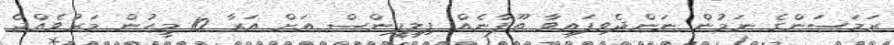
ރަމަސަަންގެ ނަމުން ނަންދެވިފައިވާ ތޫފާނެއް ފިލިޕީންސް އަށް އަރާ 10 މީހުން މަރުވެއްޖެ